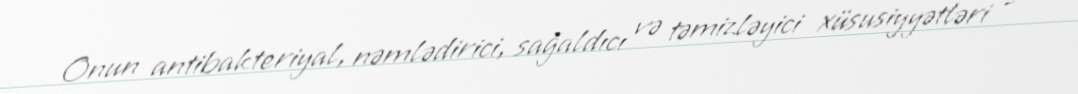
Onun antibakteriyal, nəmlədirici, sağaldıcı və təmizləyici xüsusiyyətləri -